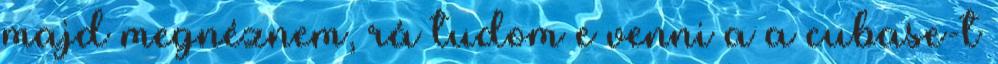
majd megnéznem, rá tudom e venni a a cubase-t